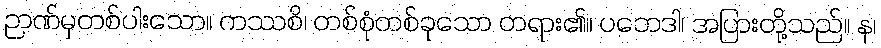
ဉာဏ်မှတစ်ပါးသော။ ကဿစိ၊ တစ်စုံတစ်ခုသော တရား၏။ ပဘေဒါ၊ အပြားတို့သည်။ န၊